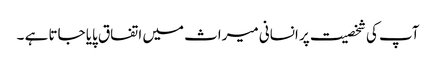
آپ کی شخصیت پر انسانی میراث میں اتفاق پایا جاتا ہے ۔